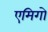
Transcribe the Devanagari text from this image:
एमिगो